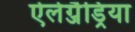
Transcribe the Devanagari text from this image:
ऐलेग्जैड्रिया